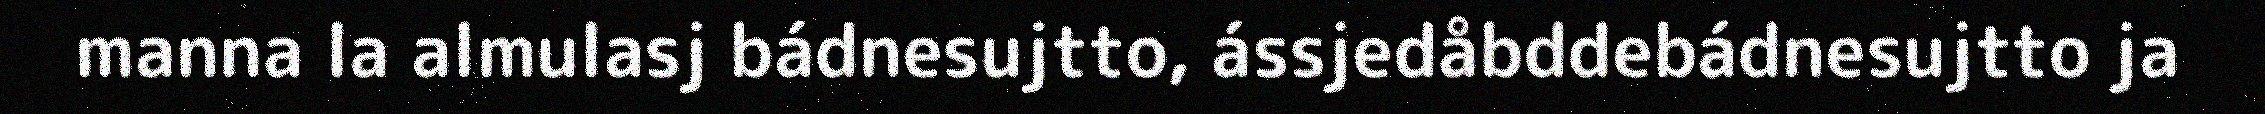
manna la almulasj bádnesujtto, ássjedåbddebádnesujtto ja